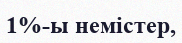
1%-ы немістер,